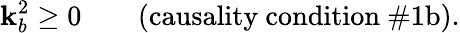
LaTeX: \mathbf{k}_{b}^{2}\ge0\qquad\mathrm{{(causality~condition~\# 1b).}}